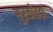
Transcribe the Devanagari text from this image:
सुरकोतड़ा